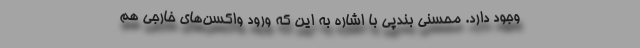
وجود دارد. محسنی بندپی با اشاره به این که ورود واکسن‌های خارجی هم